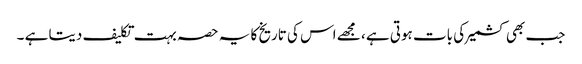
جب بھی کشمیر کی بات ہوتی ہے ، مجھے اس کی تاریخ کا یہ حصہ بہت تکلیف دیتا ہے ۔